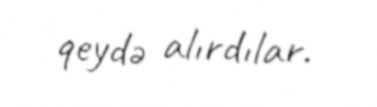
qeydə alırdılar.